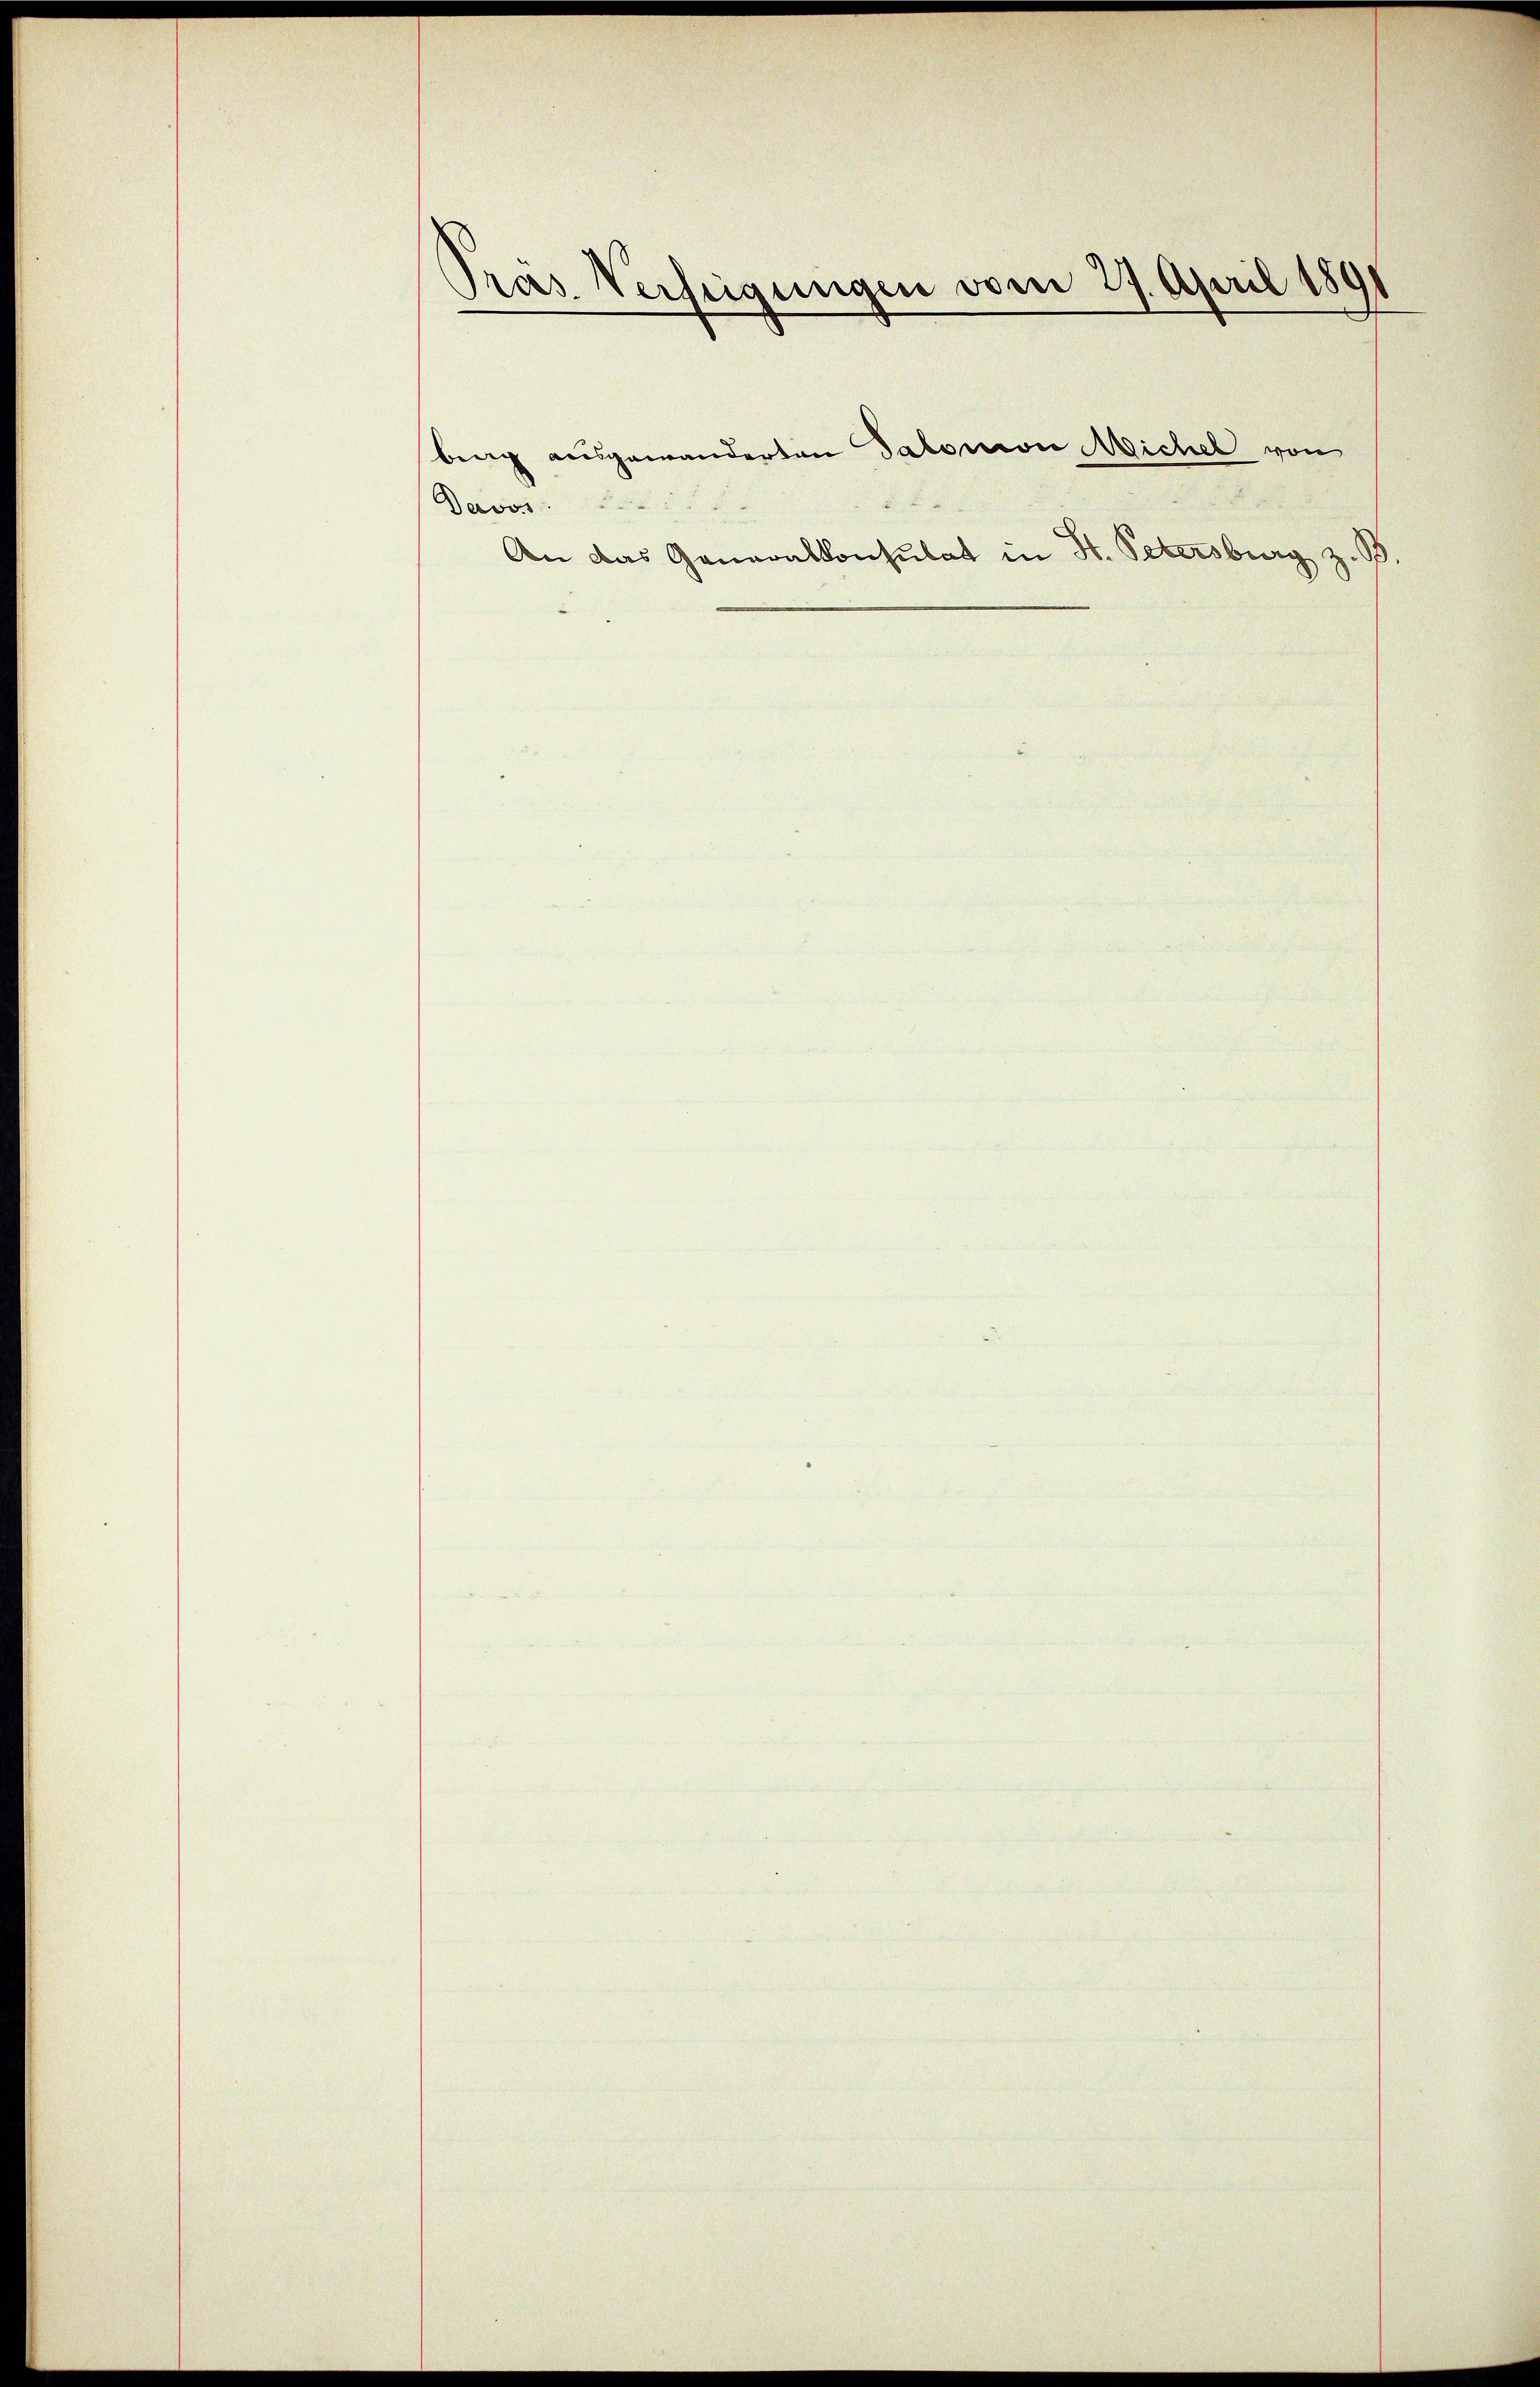
Pras Verfügungen vom 27. April 1891

Davos

berg ausgewanderten Salomon Michel von

An das Generalkonsulat in St. Petersburg z.